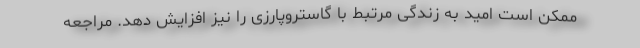
ممکن است امید به زندگی مرتبط با گاستروپارزی را نیز افزایش دهد. مراجعه